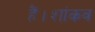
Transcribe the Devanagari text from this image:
हैं।शांकव